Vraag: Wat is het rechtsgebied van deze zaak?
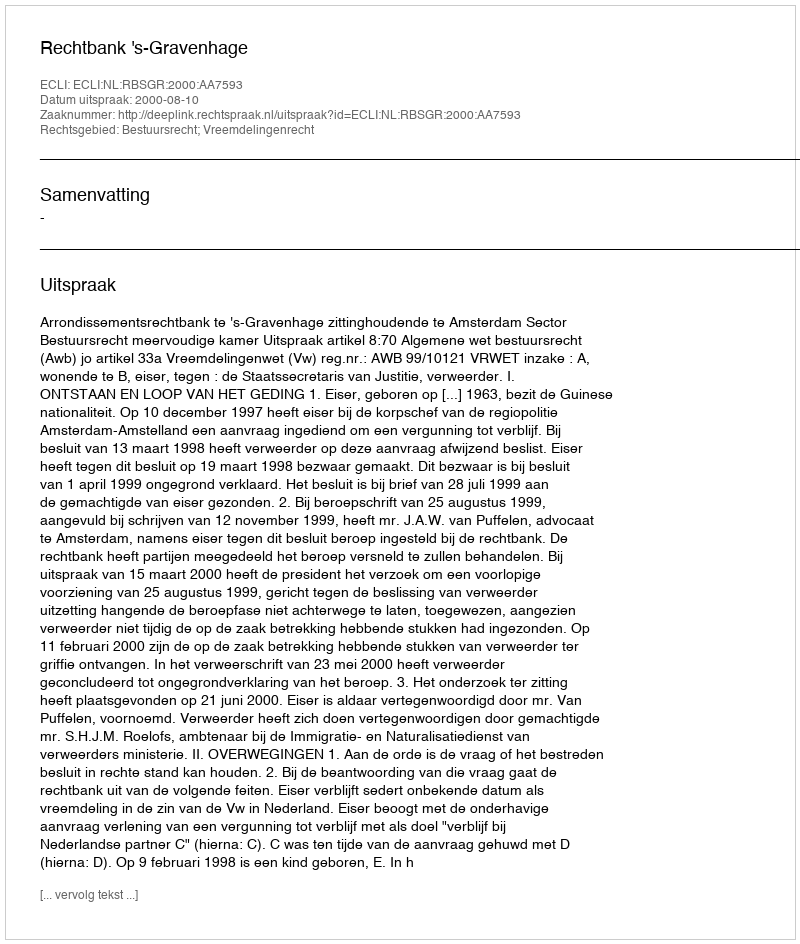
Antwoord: Bestuursrecht; Vreemdelingenrecht